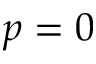
p = 0